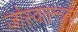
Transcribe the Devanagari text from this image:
जोस्वतन्त्र्ता